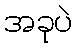
အခုပဲ